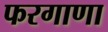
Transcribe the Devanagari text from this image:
फरगाणा